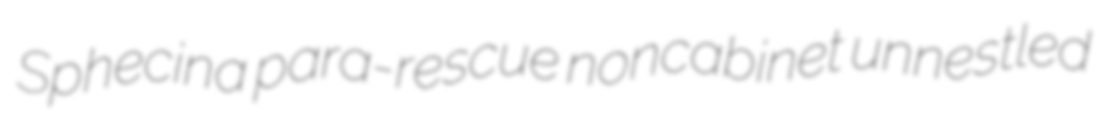
Sphecina para-rescue noncabinet unnestled